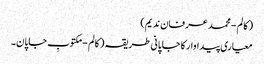
( کالم - محمد عرفان ندیم)
معیاری پیداوار کا جاپانی طریقہ ( کالم - مکتوبِ جاپان۔